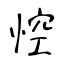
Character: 悾